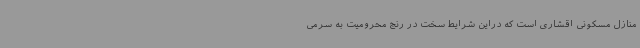
منازل مسکونی اقشاری است که دراین شرایط سخت در رنج محرومیت به سرمی